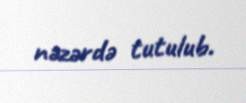
nəzərdə tutulub.